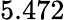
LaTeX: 5.472